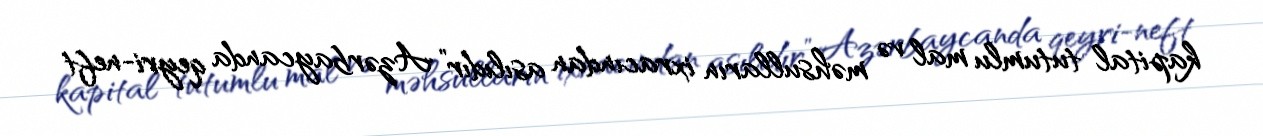
kapital tutumlu mal və məhsulların ixracından asılıdır” Azərbaycanda qeyri-neft